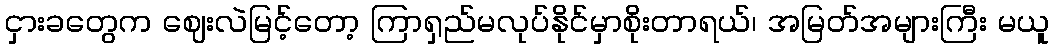
ငှားခတွေက ဈေးလဲမြင့်တော့ ကြာရှည်မလုပ်နိုင်မှာစိုးတာရယ်၊ အမြတ်အများကြီး မယူ